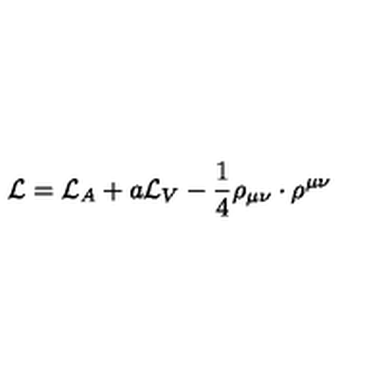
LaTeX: { \cal { L } } = { \cal { L } } _ { A } + a { \cal { L } } _ { V } - \frac { 1 } { 4 } \mathrm { \boldmath \rho } _ { \mu \nu } \cdot \mathrm { \boldmath \rho } ^ { \mu \nu }